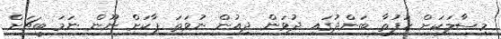
މިސާލަކަށް ހަފުތާ ބަންދުގައި ދުވަން ދިއުން ނުވަތަ ޕާކަށް ނޫން ނަމަ ބީޗަށް